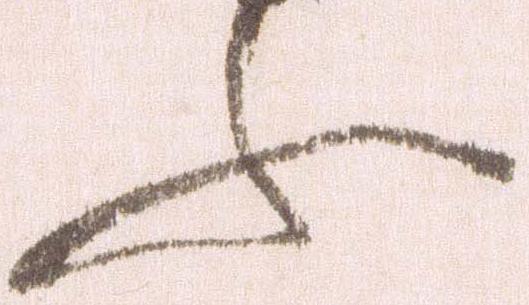
ふ